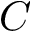
\boldsymbol C